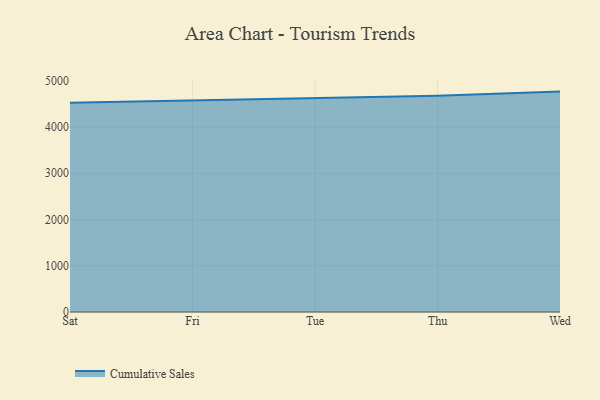
{"axis": {"x": "Day", "y": "Tickets Resolved"}, "legend": ["Cumulative Sales"], "data": [{"x": "Sat", "y": 4526.2, "type": "Cumulative Sales"}, {"x": "Fri", "y": 4579.2, "type": "Cumulative Sales"}, {"x": "Tue", "y": 4621.4, "type": "Cumulative Sales"}, {"x": "Thu", "y": 4679.1, "type": "Cumulative Sales"}, {"x": "Wed", "y": 4766.9, "type": "Cumulative Sales"}]}